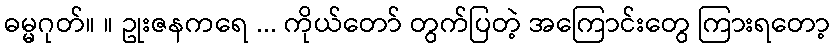
ဓမ္မဂုတ်။ ။ ဥုးဇနကရေ ... ကိုယ်တော် တွက်ပြတဲ့ အကြောင်းတွေ ကြားရတော့